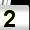
Digit: 2